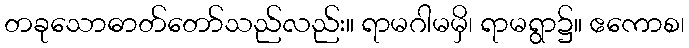
တခုသောဓာတ်တော်သည်လည်း။ ရာမဂါမမှိ၊ ရာမရွာ၌။ ဧကောစ၊